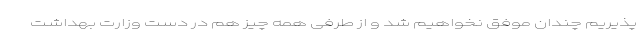
پذیریم چندان موفق نخواهیم شد و از طرفی همه چیز هم در دست وزارت بهداشت